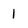
Character: 1